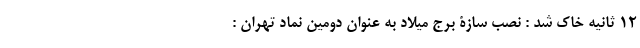
12 ثانیه خاک شد : نصب سازۀ برج میلاد به عنوان دومین نماد تهران :